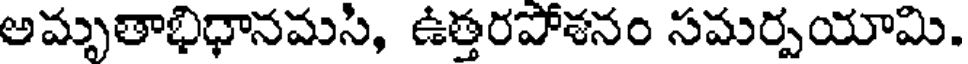
అమృతాభిధానమసి, ఉత్తరపోశనం సమర్పయామి.